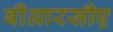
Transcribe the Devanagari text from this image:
बीआरसीए